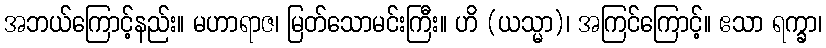
အဘယ်ကြောင့်နည်း။ မဟာရာဇ၊ မြတ်သောမင်းကြီး။ ဟိ (ယသ္မာ)၊ အကြင်ကြောင့်။ ဧသာ ရက္ခာ၊